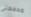
محفظتى